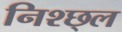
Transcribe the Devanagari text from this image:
निश्छ्ल